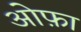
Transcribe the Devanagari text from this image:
ओफ़ा